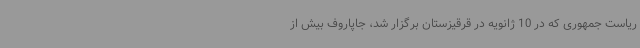
ریاست جمهوری که در 10 ژانویه در قرقیزستان برگزار شد، جاپاروف بیش از